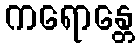
ကရောန္တေ